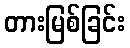
တားမြစ်ခြင်း